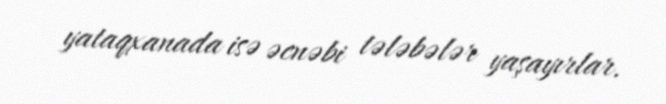
yataqxanada isə əcnəbi tələbələr yaşayırlar.